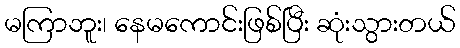
မကြာဘူး၊ နေမကောင်းဖြစ်ပြီး ဆုံးသွားတယ်